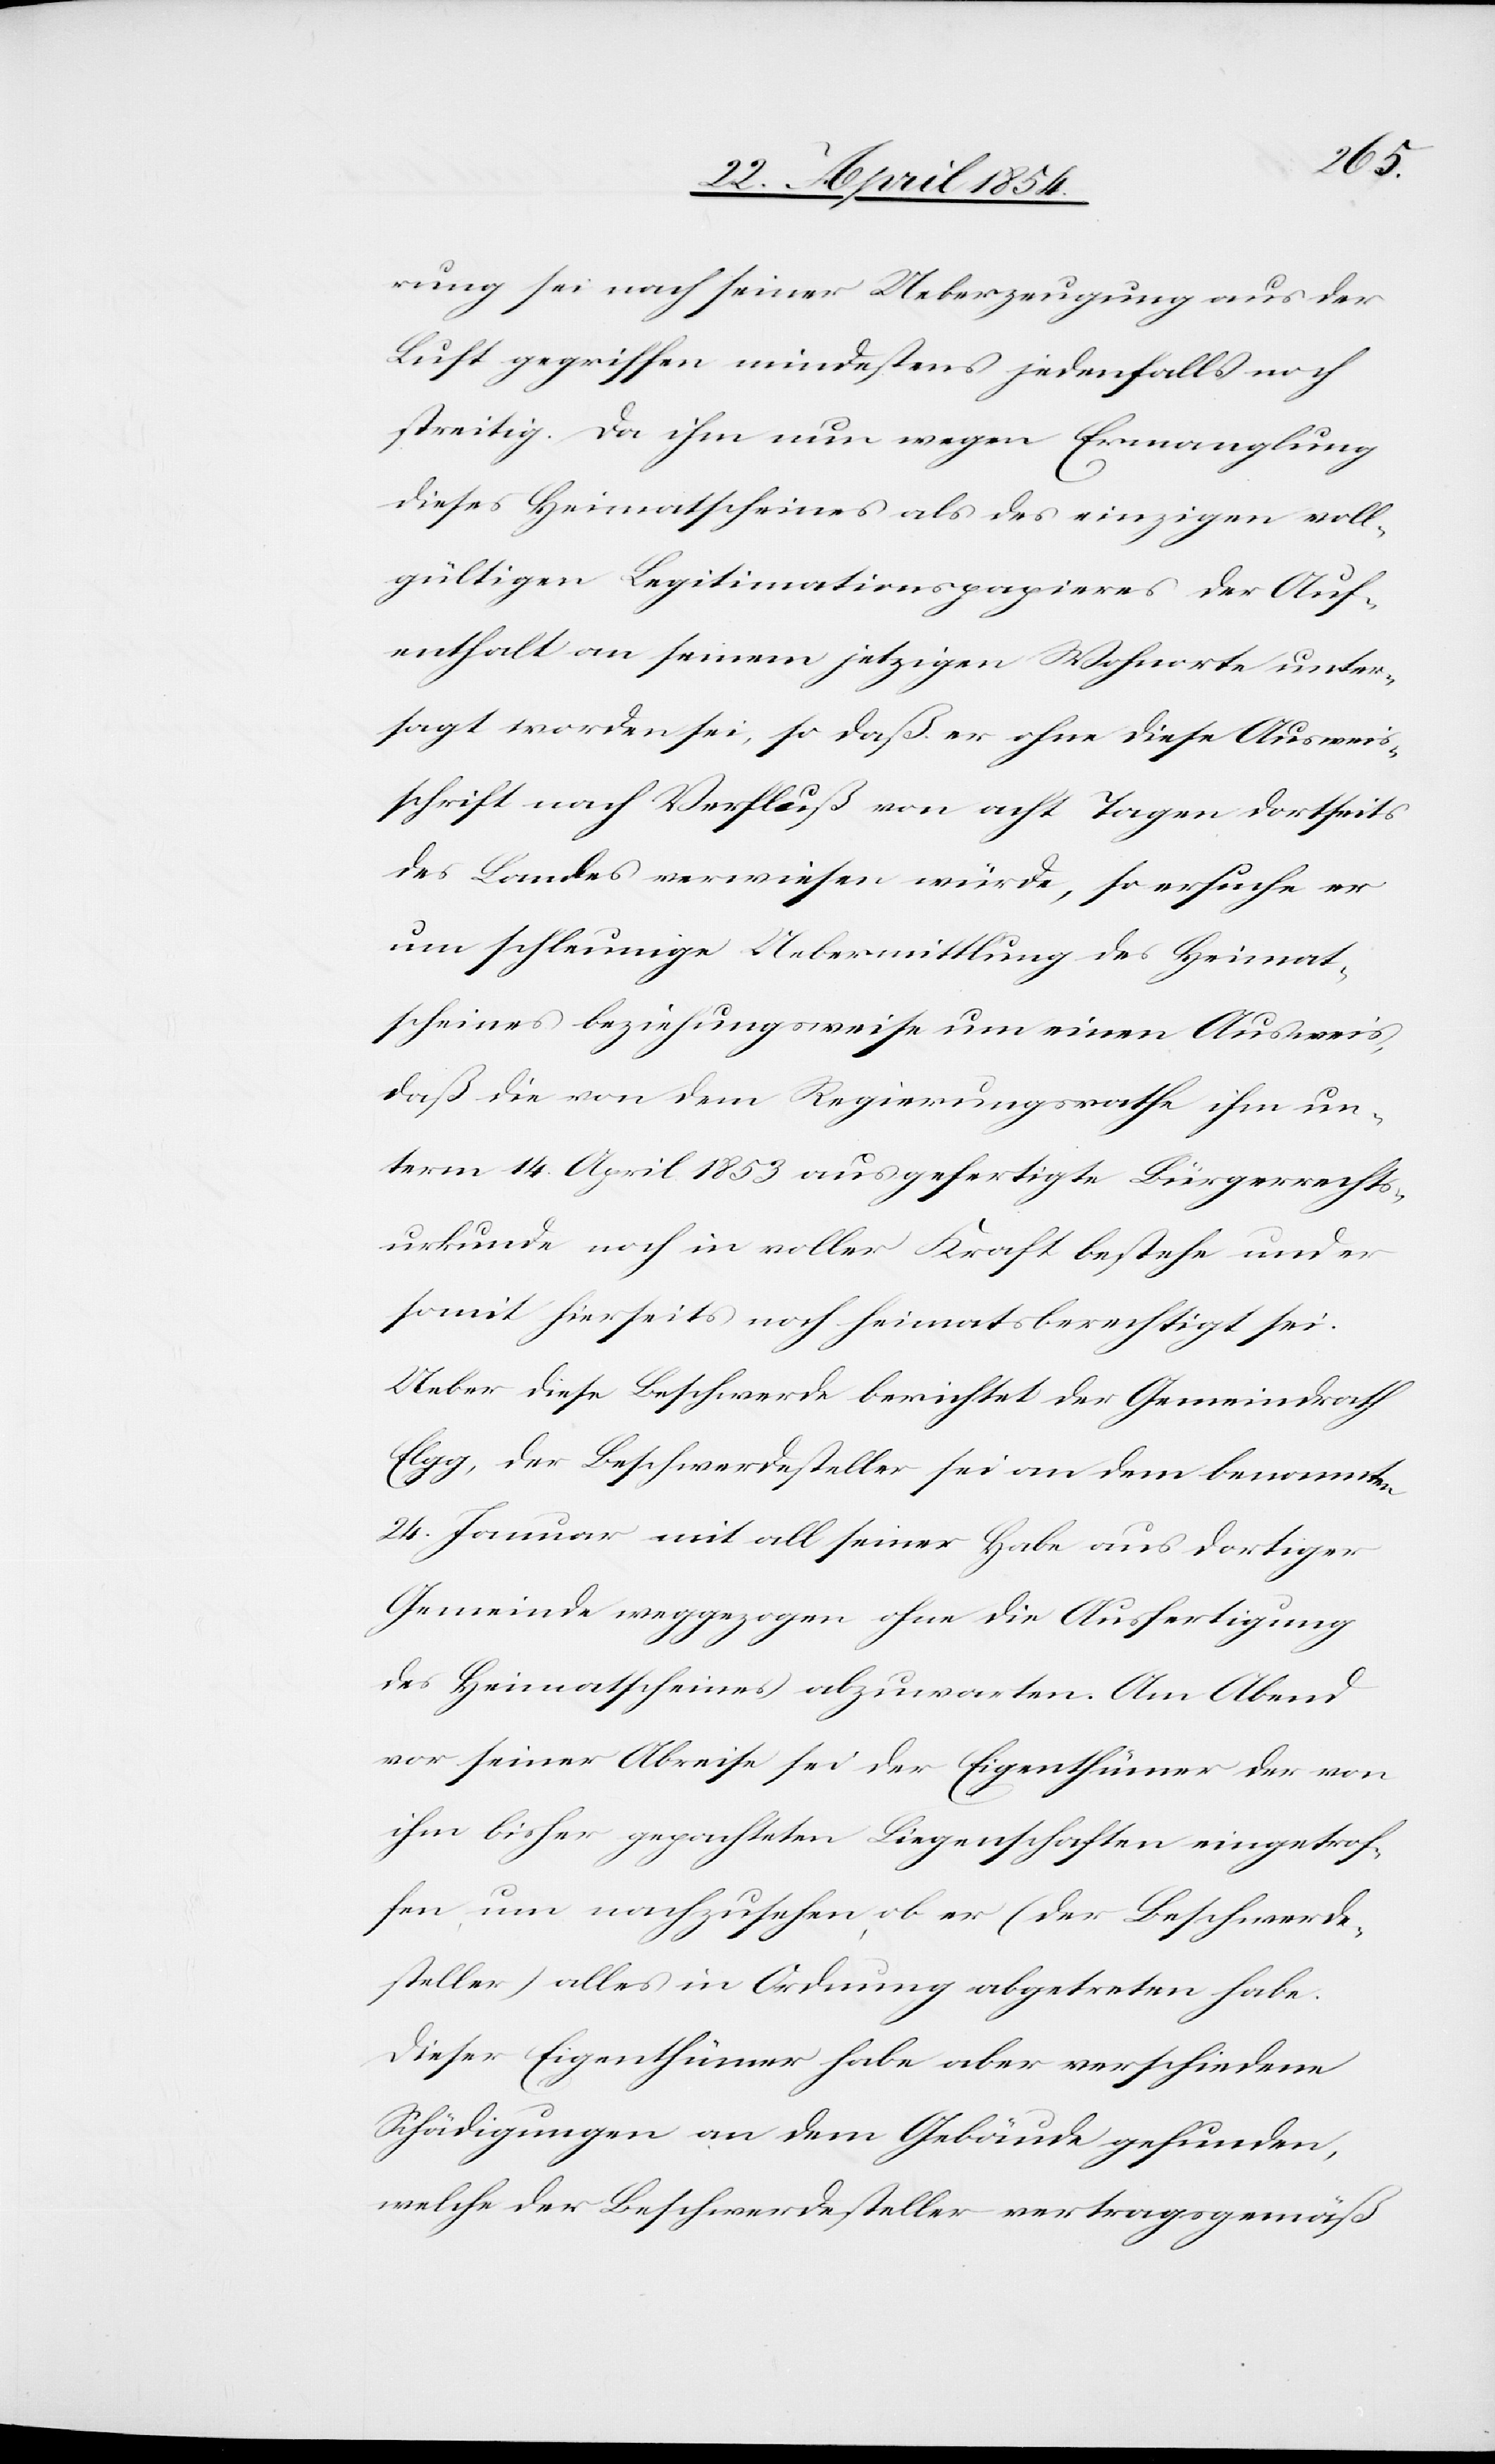
rung sei nach seiner Ueberzeugung aus der
Luft gegriffen mindestens jedenfalls noch
streitig. Da ihm nun wegen Ermanglung
dieses Heimatscheines als des einzigen voll¬
gültigen Legitimationspapieres der Auf¬
enthalt an seinem jetzigen Wohnorte unter¬
sagt worden sei, so daß er ohne diese Ausweis¬
schrift nach Verfluß von acht Tagen dortseits
des Landes verwiesen würde, so ersuche er
um schleunige Uebermittlung des Heimat¬
scheines beziehungsweise um einen Ausweis,
daß die von dem Regierungsrathe ihm un¬
term 14. April 1853 ausgefertigte Bürgerrechts¬
urkunde noch in voller Kraft bestehe und er
somit hierseits noch heimatsberechtigt sei.
Ueber diese Beschwerde berichtet der Gemeindrath
Elgg, der Beschwerdesteller sei an dem benamten
24. Januar mit all seiner Habe aus dortiger
Gemeinde weggezogen ohne die Ausfertigung
des Heimatscheines abzuwarten. Am Abend
vor seiner Abreise sei der Eigenthümer der von
ihm bisher gepachteten Liegenschaften eingetrof¬
fen, um nachzusehen, ob er (der Beschwerde¬
steller) alles in Ordnung abgetreten habe.
Dieser Eigenthümer habe aber verschiedene
Schädigungen an dem Gebäude gefunden,
welche der Beschwerdesteller vertragsgemäß